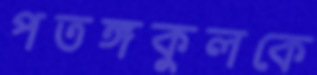
পতঙ্গকুলকে